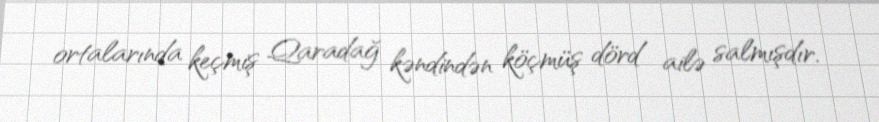
ortalarında keçmiş Qaradağ kəndindən köçmüş dörd ailə salmışdır.